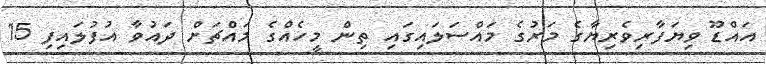
އައްޑޫ ވިޔަފާރިވެރިޔާގެ މަރުގެ މައްސަލައިގައި ތިން މީހެއްގެ މައްޗަށް ދައުވާ އުފުލައިފި 15